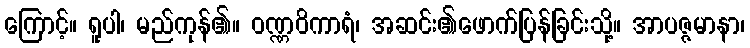
ကြောင့်။ ရူပါ၊ မည်ကုန်၏။ ဝဏ္ဏဝိကာရံ၊ အဆင်း၏ဖောက်ပြန်ခြင်းသို့။ အာပဇ္ဇမာနာ၊